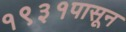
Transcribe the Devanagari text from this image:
१९३१पासून